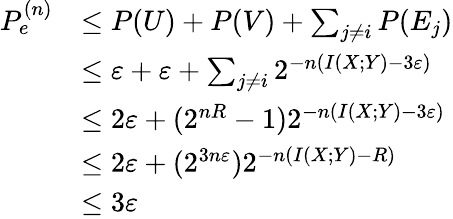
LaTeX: {\begin{array}{rl}{P_{e}^{(n)}}&{\leq P(U)+P(V)+\sum_{j\neq i}P(E_{j})}\\ &{\leq\varepsilon+\varepsilon+\sum_{j\neq i}2^{-n(I(X;Y)-3\varepsilon)}}\\ &{\leq 2\varepsilon+(2^{nR}-1)2^{-n(I(X;Y)-3\varepsilon)}}\\ &{\leq 2\varepsilon+(2^{3n\varepsilon})2^{-n(I(X;Y)-R)}}\\ &{\leq 3\varepsilon}\end{array}}